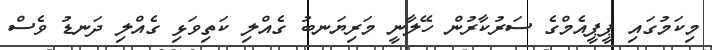
މިކަމުގައި ޕީޕީއެމްގެ ސަރުކާރުން ހޭލާނީ މަރިޔަނބު ގެއްލި ކަތިވަޅި ގެއްލި ދަނޑު ވެސް